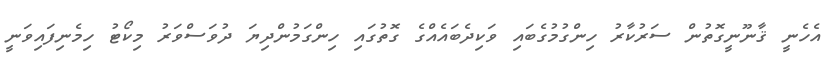
އެހެނީ ޤާނޫނީގޮތުން ސަރުކާރު ހިންގުމުގެބައި ވަކިދެބައެއްގެ ގޮތުގައި ހިންގަމުންދިޔަ ދުވަސްވަރު މިކޯޓު ހިމެނިފައިވަނީ